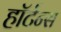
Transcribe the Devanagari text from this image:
हॉर्टन्स